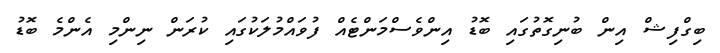
ބިގްފިޝް އިން ބުނިގޮތުގައި ބޮޑު އިންވެސްމަންޓެއް ފުވައްމުލަކުގައި ކުރަން ނިންމި އެންމެ ބޮޑު